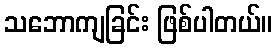
သဘောကျခြင်း ဖြစ်ပါတယ်။